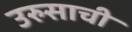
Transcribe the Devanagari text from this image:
उरुसाची